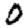
Digit: 0